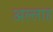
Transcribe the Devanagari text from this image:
अल्‍लाह